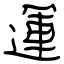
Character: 運